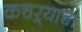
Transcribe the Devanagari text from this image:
कचऱ्याचा